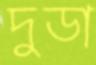
দুডা